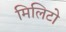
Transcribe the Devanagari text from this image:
मिलिटो